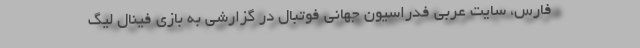
فارس، سایت عربی فدراسیون جهانی فوتبال در گزارشی به بازی فینال لیگ